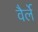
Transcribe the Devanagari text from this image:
वैर्ले